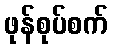
ဖုန်စုပ်စက်